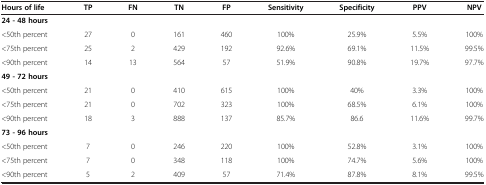
<table><thead><tr><td><b>Hours of life</b></td><td><b>TP</b></td><td><b>FN</b></td><td><b>TN</b></td><td><b>FP</b></td><td><b>Sensitivity</b></td><td><b>Specificity</b></td><td><b>PPV</b></td><td><b>NPV</b></td></tr></thead><tbody><tr><td><b>24 - 48 hours</b></td><td> </td><td> </td><td> </td><td> </td><td> </td><td> </td><td> </td><td> </td></tr><tr><td>&lt;50th percent</td><td>27</td><td>0</td><td>161</td><td>460</td><td>100%</td><td>25.9%</td><td>5.5%</td><td>100%</td></tr><tr><td>&lt;75th percent</td><td>25</td><td>2</td><td>429</td><td>192</td><td>92.6%</td><td>69.1%</td><td>11.5%</td><td>99.5%</td></tr><tr><td>&lt;90th percent</td><td>14</td><td>13</td><td>564</td><td>57</td><td>51.9%</td><td>90.8%</td><td>19.7%</td><td>97.7%</td></tr><tr><td><b>49 - 72 hours</b></td><td> </td><td> </td><td> </td><td> </td><td> </td><td> </td><td> </td><td> </td></tr><tr><td>&lt;50th percent</td><td>21</td><td>0</td><td>410</td><td>615</td><td>100%</td><td>40%</td><td>3.3%</td><td>100%</td></tr><tr><td>&lt;75th percent</td><td>21</td><td>0</td><td>702</td><td>323</td><td>100%</td><td>68.5%</td><td>6.1%</td><td>100%</td></tr><tr><td>&lt;90th percent</td><td>18</td><td>3</td><td>888</td><td>137</td><td>85.7%</td><td>86.6</td><td>11.6%</td><td>99.7%</td></tr><tr><td><b>73 - 96 hours</b></td><td> </td><td> </td><td> </td><td> </td><td> </td><td> </td><td> </td><td> </td></tr><tr><td>&lt;50th percent</td><td>7</td><td>0</td><td>246</td><td>220</td><td>100%</td><td>52.8%</td><td>3.1%</td><td>100%</td></tr><tr><td>&lt;75th percent</td><td>7</td><td>0</td><td>348</td><td>118</td><td>100%</td><td>74.7%</td><td>5.6%</td><td>100%</td></tr><tr><td>&lt;90th percent</td><td>5</td><td>2</td><td>409</td><td>57</td><td>71.4%</td><td>87.8%</td><td>8.1%</td><td>99.5%</td></tr></tbody></table>